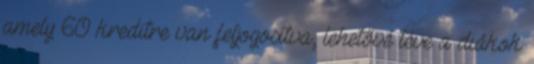
amely 60 kreditre van feljogosítva, lehetővé téve a diákok